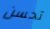
تحسن